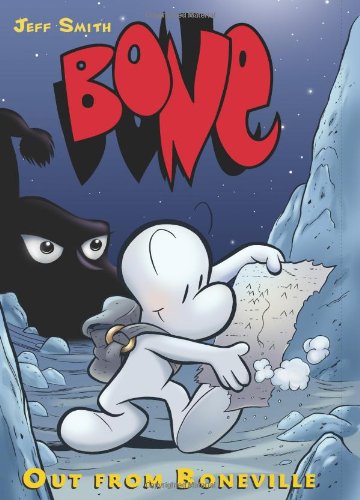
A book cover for BONE #1: Out from Boneville; Jeff Smith; Children's Books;